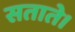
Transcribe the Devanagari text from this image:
सताते।